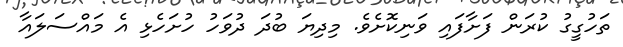
ތަހުގީގު ކުރަން ފަށާފައި ވަނިކޮށެވެ. މިދިޔަ ބުދަ ދުވަހު ހުށަހެޅި އެ މައްސަލައާ